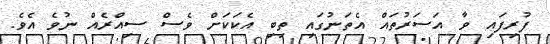
ފުރިފައި ވާ އަސަރުތައް އެތަނުގައި ތިބި އެކަކަށް ވެސް ސިއްރެއް ނުވެ އެވެ.